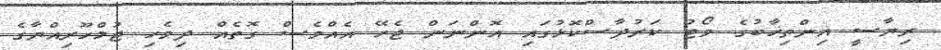
ރިޔާސީ އިންތިޚާބުގެ ވޯޓު ކަރުދާސްކޮޅުގައި އޮންނަން ޖެހޭ އެއްވެސް ގޮތެއް ދިވެހި ޖުމްހޫރިއްޔާގެ